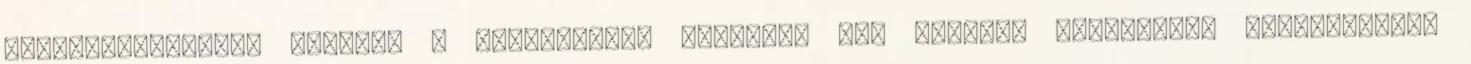
fiókhálózatában, illetve a közzétételi helyein. aki ésszerű kockázatok felvállalása